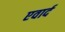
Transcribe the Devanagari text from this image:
एवार्द